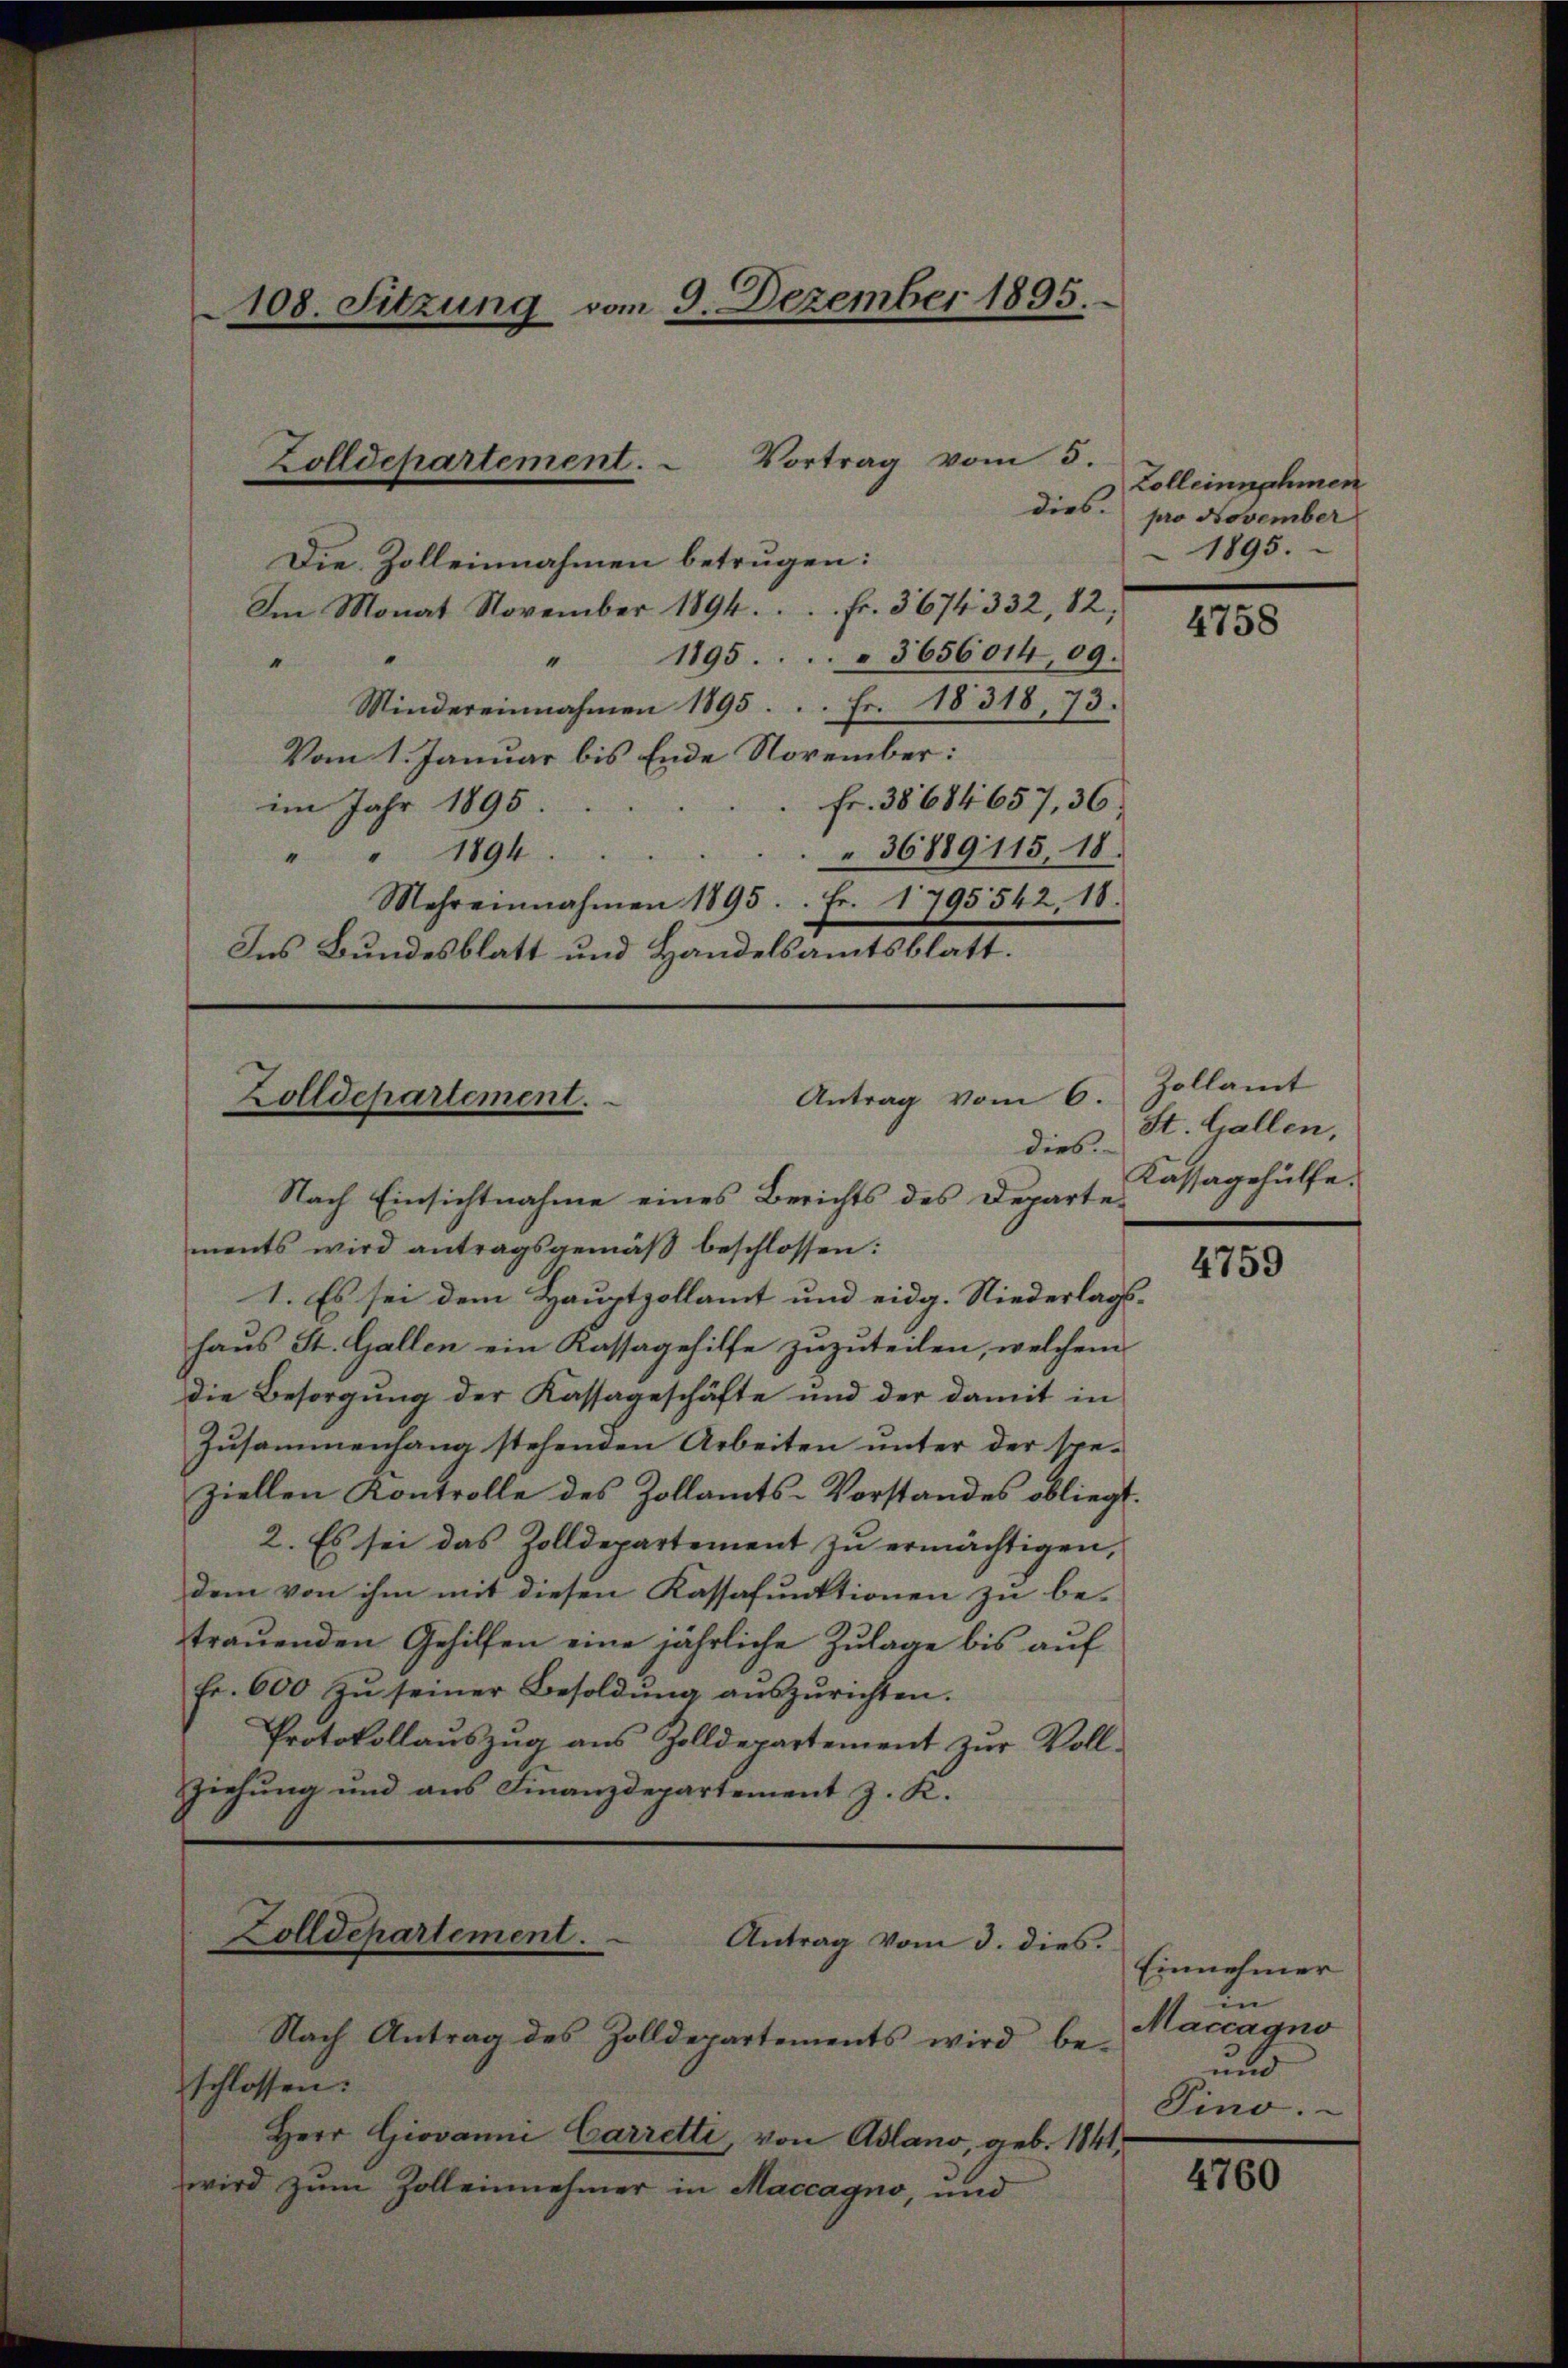
108. Sitzung vom 9. Dezember 1895.

Die Zolleinnahmen betrugen:
Am Monat November 1894. . . fr. 3674332, 82,
" 1895. . . . 3656014,09.
.
Mindereinnahmen 1895. .. Fr. 18318, 73.
Vom 1. Januar bis Ende November:
Fr. 38684 657, 36.
im Jahr 1895.
36889115, 18.
" " 1894.
Mehreinnahmen 1895. Fr. 1795542. 18.
Ins Bundesblatt und Handelsamtsblatt.

Zolldepartement. Vortrag vom 5.

Antrag vom 6.
Zolldepartement.
dies

Zolldepartement.
Antrag vom 3. dies.

Nach Antrag des Zolldepartements wird be- und
schlossen:
Herr Giovanni Carretti, von Aslano, geb. 1841,
wird zum Zolleinehmer in Maccagno, und

Colleinnahmen
dies pro November
1895.

Nach Einsichtnahme eines Berichts des Departements wird antragsgemäβ beschlossen:
1. Es sei dem Hauptzollamt und eidg. Niederlagshaus St. Gallen ein Kassagehilfe zuzuteilen, welchem
die Besorgung der Kassageschäfte und der damit in
Zusammenhang stehenden Arbeiten unter der speziellen Kontrolle des Zollamts-Vorstandes obliegt.
2. Es sei das Zolldepartement zu ermächtigen,
dem von ihm mit diesen Kassafunktionen zu be-
trauenden Gehilfen eine jährliche Zulage bis auf
fr. 600 zŭ seiner Besoldŭng aŭszŭrichten.
Protokollaŭszŭg aŭs Zolldepartement zŭr Voll-
ziehung und aus Finanzdepartement z. K.

4758

Zollamt
St. Gallen,
Kassagehülfe.

4759

Einnehmer
in
Maccagno
Pino.

4760